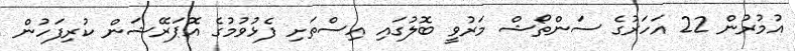
އުމުރުން 22 އަހަރުގެ ސަންތޯޝް މަރުވީ ބޮލުގައި އިސްތަށި ފެޅުވުމުގެ އޮޕަރޭޝަން ކުރިފަހުން